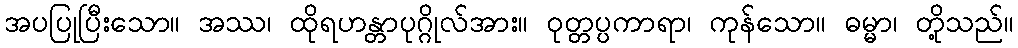
အပပြုပြီးသော။ အဿ၊ ထိုရဟန္တာပုဂ္ဂိုလ်အား။ ဝုတ္တပ္ပကာရာ၊ ကုန်သော။ ဓမ္မာ၊ တို့သည်။